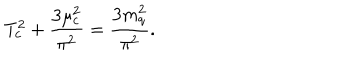
T _ { c } ^ { 2 } + \frac { 3 \mu _ { c } ^ { 2 } } { \pi ^ { 2 } } = \frac { 3 m _ { q } ^ { 2 } } { \pi ^ { 2 } } .